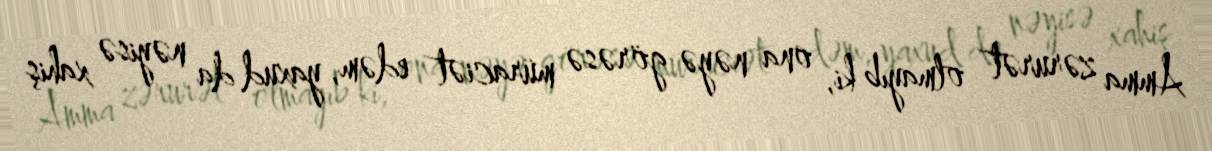
Amma zərurət olmayıb ki, ona nəyə görəsə müraciət edəm, yaxud da nəyisə xahiş